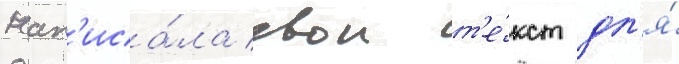
нап'иса́ла свои т'е́кст дл'я́